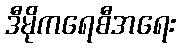
ဒီမိုကရေစီအရေး